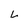
Character: L